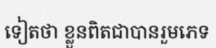
ទៀតថា ខ្លួនពិតជាបានរួមភេទ